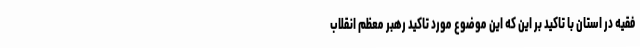
فقیه در استان با تاکید بر این که این موضوع مورد تاکید رهبر معظم انقلاب